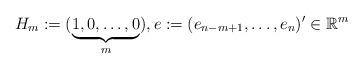
LaTeX: \begin{align*} H_{m}:=(\underbrace{1,0,\ldots,0}_{m}),e:=(e_{n-m+1},\ldots,e_{n})'\in {\mathbb R}^{m}\end{align*}